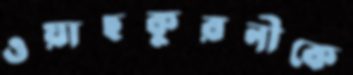
ওয়াছকুরনীকে